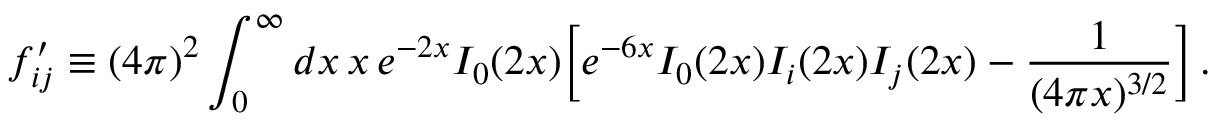
f _ { i j } ^ { \prime } \equiv ( 4 \pi ) ^ { 2 } \int _ { 0 } ^ { \infty } d x \, x \, e ^ { - 2 x } I _ { 0 } ( 2 x ) \biggl [ e ^ { - 6 x } I _ { 0 } ( 2 x ) I _ { i } ( 2 x ) I _ { j } ( 2 x ) - { \frac { 1 } { ( 4 \pi x ) ^ { 3 / 2 } } } \biggr ] \, .